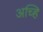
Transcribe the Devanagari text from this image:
अच्हि